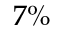
7 \%